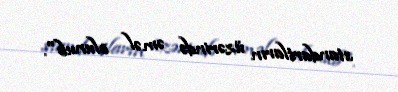
standartların üzərində əməl olunub".